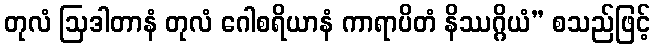
တုလံ ဩဒါတာနံ တုလံ ဂေါစရိယာနံ ကာရာပိတံ နိဿဂ္ဂိယံ” စသည်ဖြင့်